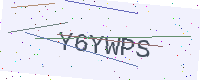
Text: Y6YWPS